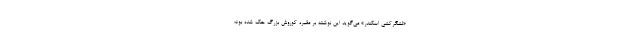
«لشگرکشی اسکندر» می‌گوید این نوشته بر مقبره کوروش بزرگ حک شده بود؛